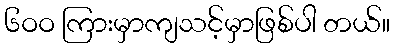
၆ဝဝ ကြားမှာကျသင့်မှာဖြစ်ပါ တယ်။